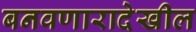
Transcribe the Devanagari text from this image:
बनवणारादेखील